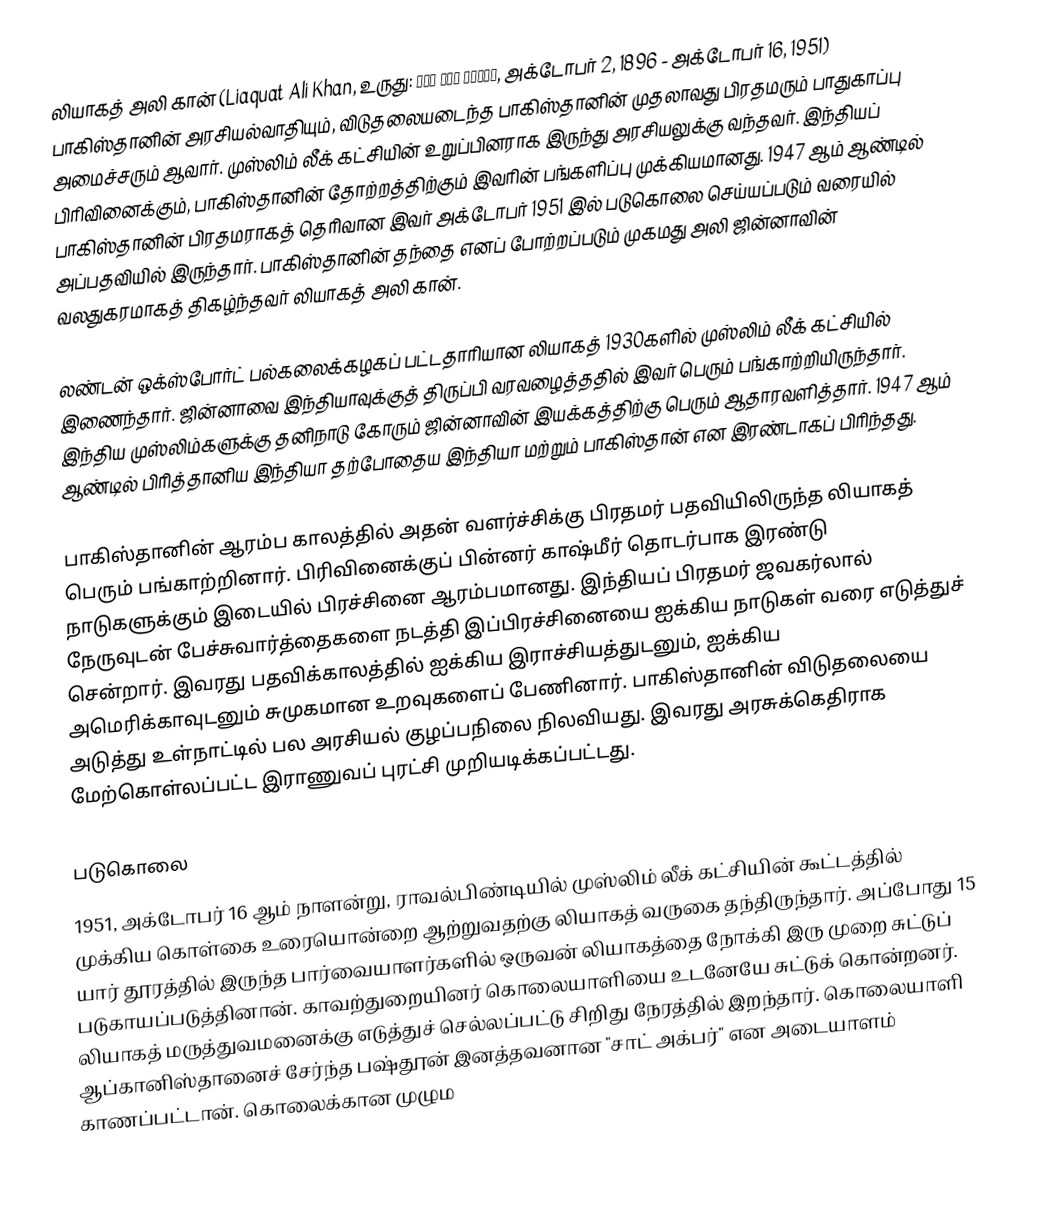
லியாகத் அலி கான் (Liaquat Ali Khan, உருது: لیاقت علی خان,  அக்டோபர் 2, 1896 - அக்டோபர் 16, 1951) பாகிஸ்தானின் அரசியல்வாதியும், விடுதலையடைந்த பாகிஸ்தானின் முதலாவது பிரதமரும் பாதுகாப்பு அமைச்சரும் ஆவார். முஸ்லிம் லீக் கட்சியின் உறுப்பினராக இருந்து அரசியலுக்கு வந்தவர். இந்தியப் பிரிவினைக்கும், பாகிஸ்தானின் தோற்றத்திற்கும் இவரின் பங்களிப்பு முக்கியமானது. 1947 ஆம் ஆண்டில் பாகிஸ்தானின் பிரதமராகத் தெரிவான இவர் அக்டோபர் 1951 இல் படுகொலை செய்யப்படும் வரையில் அப்பதவியில் இருந்தார். பாகிஸ்தானின் தந்தை எனப் போற்றப்படும் முகமது அலி ஜின்னாவின் வலதுகரமாகத் திகழ்ந்தவர் லியாகத் அலி கான்.

லண்டன் ஒக்ஸ்போர்ட் பல்கலைக்கழகப் பட்டதாரியான லியாகத் 1930களில் முஸ்லிம் லீக் கட்சியில் இணைந்தார். ஜின்னாவை இந்தியாவுக்குத் திருப்பி வரவழைத்ததில் இவர் பெரும் பங்காற்றியிருந்தார். இந்திய முஸ்லிம்களுக்கு தனிநாடு கோரும் ஜின்னாவின் இயக்கத்திற்கு பெரும் ஆதாரவளித்தார். 1947 ஆம் ஆண்டில் பிரித்தானிய இந்தியா தற்போதைய இந்தியா மற்றும் பாகிஸ்தான் என இரண்டாகப் பிரிந்தது.

பாகிஸ்தானின் ஆரம்ப காலத்தில் அதன் வளர்ச்சிக்கு பிரதமர் பதவியிலிருந்த லியாகத் பெரும் பங்காற்றினார். பிரிவினைக்குப் பின்னர் காஷ்மீர் தொடர்பாக இரண்டு நாடுகளுக்கும் இடையில் பிரச்சினை ஆரம்பமானது. இந்தியப் பிரதமர் ஜவகர்லால் நேருவுடன் பேச்சுவார்த்தைகளை நடத்தி இப்பிரச்சினையை ஐக்கிய நாடுகள் வரை எடுத்துச் சென்றார். இவரது பதவிக்காலத்தில் ஐக்கிய இராச்சியத்துடனும், ஐக்கிய அமெரிக்காவுடனும் சுமுகமான உறவுகளைப் பேணினார். பாகிஸ்தானின் விடுதலையை அடுத்து உள்நாட்டில் பல அரசியல் குழப்பநிலை நிலவியது. இவரது அரசுக்கெதிராக மேற்கொள்லப்பட்ட இராணுவப் புரட்சி முறியடிக்கப்பட்டது.

படுகொலை
1951, அக்டோபர் 16 ஆம் நாளன்று, ராவல்பிண்டியில் முஸ்லிம் லீக் கட்சியின் கூட்டத்தில் முக்கிய கொள்கை உரையொன்றை ஆற்றுவதற்கு லியாகத் வருகை தந்திருந்தார். அப்போது 15 யார் தூரத்தில் இருந்த பார்வையாளர்களில் ஒருவன் லியாகத்தை நோக்கி இரு முறை சுட்டுப் படுகாயப்படுத்தினான். காவற்துறையினர் கொலையாளியை உடனேயே சுட்டுக் கொன்றனர். லியாகத் மருத்துவமனைக்கு எடுத்துச் செல்லப்பட்டு சிறிது நேரத்தில் இறந்தார். கொலையாளி ஆப்கானிஸ்தானைச் சேர்ந்த பஷ்தூன் இனத்தவனான "சாட் அக்பர்" என அடையாளம் காணப்பட்டான். கொலைக்கான முழும